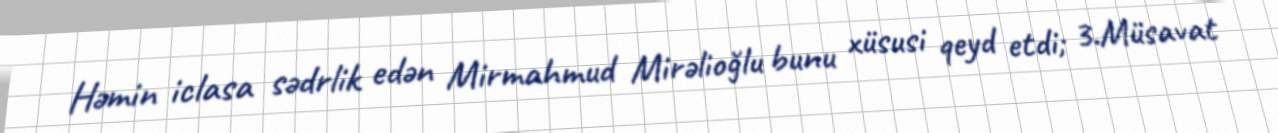
Həmin iclasa sədrlik edən Mirmahmud Mirəlioğlu bunu xüsusi qeyd etdi; 3.Müsavat